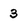
Character: 3